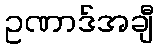
ဥဏာဒ်အချီ